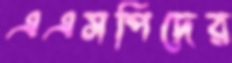
এএসপিদের